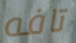
تافه